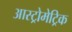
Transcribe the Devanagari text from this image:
आस्ट्रोमेट्रिक